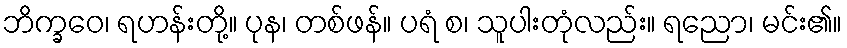
ဘိက္ခဝေ၊ ရဟန်းတို့။ ပုန၊ တစ်ဖန်။ ပရံ စ၊ သူပါးတုံလည်း။ ရညော၊ မင်း၏။